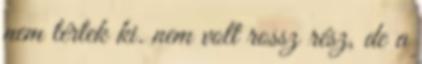
nem tértek ki. nem volt rossz rész, de a